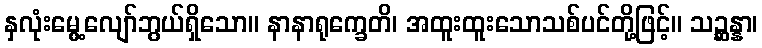
နှလုံးမွေ့လျော်ဘွယ်ရှိသော။ နာနာရုက္ခေတိ၊ အထူးထူးသောသစ်ပင်တို့ဖြင့်။ သဉ္ဆန္နာ၊